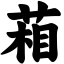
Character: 葙